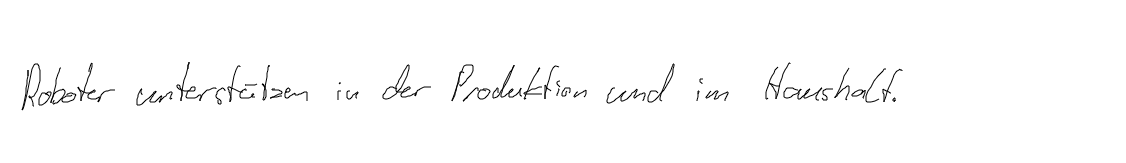
Roboter unterstützen in der Produktion und im Haushalt.